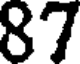
87